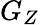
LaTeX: G_{Z}